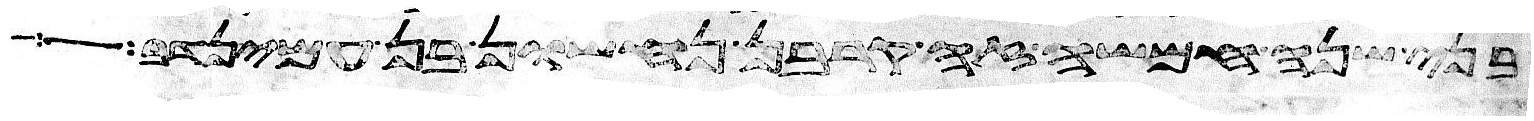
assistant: בני שנה חמשה זה קרבן נחשון בן עמינדב